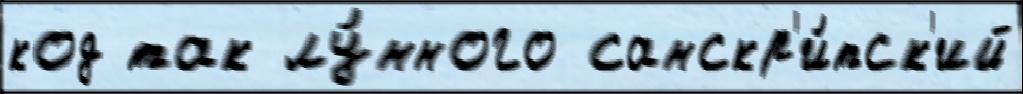
код так лу́нного санскр'и́тск'ий